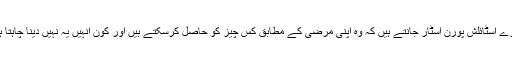
ہمارے اسٹائلش پورن اسٹار جانتے ہیں کہ وہ اپنی مرضی کے مطابق کس چیز کو حاصل کرسکتے ہیں اور کون انہیں یہ نہیں دینا چاہتا ہے؟